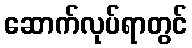
ဆောက်လုပ်ရာတွင်